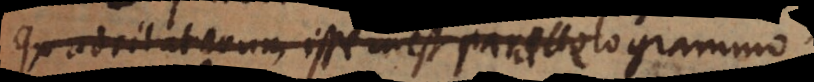
quadrilaterum esse inest parallelogrammo.